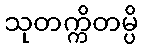
သုတက္ကိတမ္ပိ